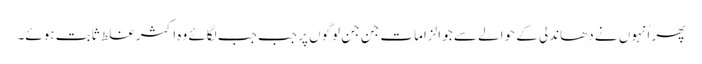
پھر اُنہوں نے دھاندلی کے حوالے سے جو الزامات جن جن لوگوں پر جب جب لگائے وہ اکثر غلط ثابت ہوئے۔